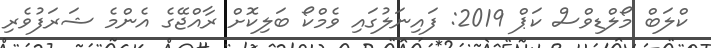
ކްލަބް މޯލްޑިވްސް ކަޕް 2019: ފައިނަލުގައި ވެމްކޯ ބަލިކޮށް ރާއްޖޭގެ އެންމެ ޝަރަފުވެރި